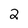
Character: 2